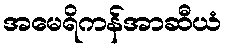
အမေရိကန်အာဆီယံ